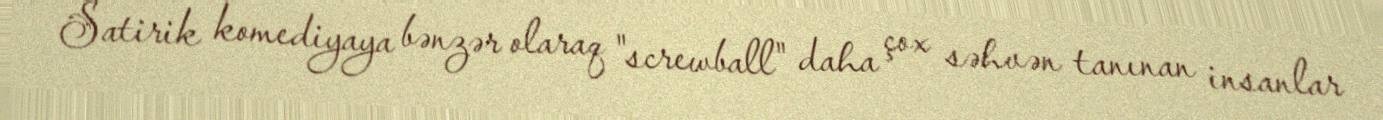
Satirik komediyaya bənzər olaraq "screwball" daha çox səhvən tanınan insanlar